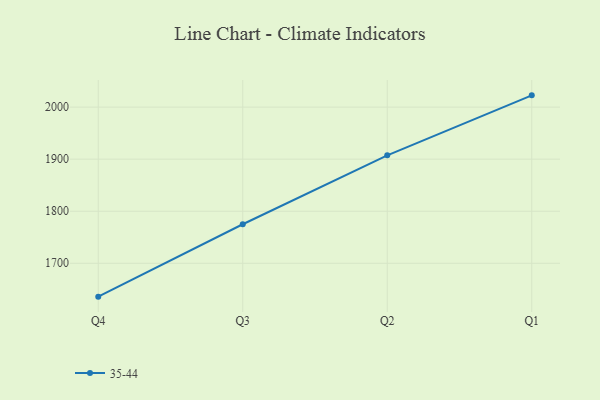
{"axis": {"x": "Quarter", "y": "Shipments"}, "legend": ["35-44"], "data": [{"x": "Q4", "y": 1635.9, "type": "35-44"}, {"x": "Q3", "y": 1775.0, "type": "35-44"}, {"x": "Q2", "y": 1907.4, "type": "35-44"}, {"x": "Q1", "y": 2022.6, "type": "35-44"}]}